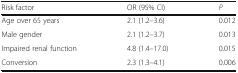
<table><thead><tr><td><b>Risk factor</b></td><td><b>OR (95% CI)</b></td><td><b><i>P</i></b></td></tr></thead><tbody><tr><td>Age over 65 years</td><td>2.1 (1.2–3.6)</td><td>0.012</td></tr><tr><td>Male gender</td><td>2.1 (1.2–3.7)</td><td>0.013</td></tr><tr><td>Impaired renal function</td><td>4.8 (1.4–17.0)</td><td>0.015</td></tr><tr><td>Conversion</td><td>2.3 (1.3–4.1)</td><td>0.006</td></tr></tbody></table>